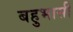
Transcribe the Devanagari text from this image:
बहुभासी